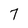
Character: 7